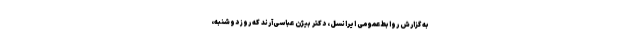
به گزارش روابط‌عمومی ایرانسل، دکتر بیژن عباسی‌آرند که روز دوشنبه،